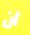
أن